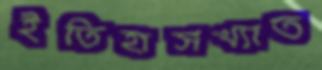
ইতিহাসখ্যাত